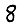
Digit: 8